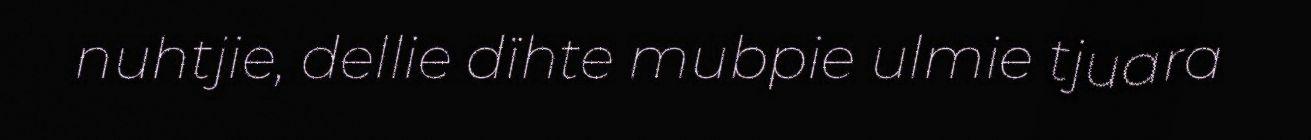
nuhtjie, dellie dïhte mubpie ulmie tjuara